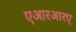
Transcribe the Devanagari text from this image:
एआरआरए